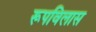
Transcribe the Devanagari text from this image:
रूपविलास